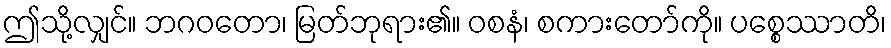
ဤသို့လျှင်။ ဘဂဝတော၊ မြတ်ဘုရား၏။ ဝစနံ၊ စကားတော်ကို။ ပစ္စေဿာတိ၊